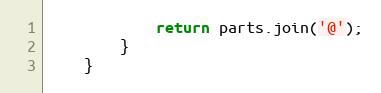
Language: JavaScript
            return parts.join('@');
        }
    }